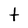
Character: t